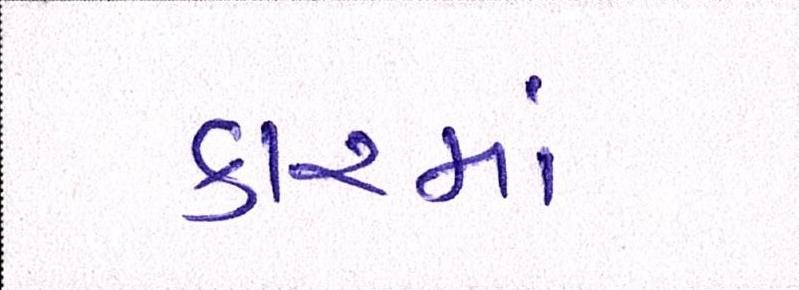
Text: કારમાં